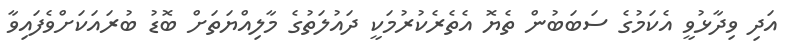
އަދި ވިދާޅުވީ އެކަމުގެ ސަބަބުން ތެޔޮ އެތެރެކުރުމަކީ ދައުލަތުގެ މާލިއްޔަތަށް ބޮޑު ބުރައަކަށްވެފައިވާ